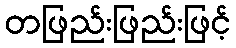
တဖြည်းဖြည်းဖြင့်